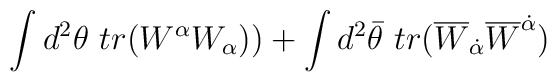
\int d^2\theta~tr(W^{\alpha}W_{\alpha}))+ \int d^2\bar{\theta}~tr(\overline{W}_{\dot{\alpha}}\overline{W}^{\dot{\alpha}})